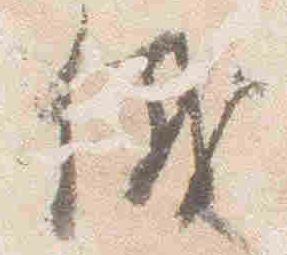
儀